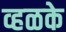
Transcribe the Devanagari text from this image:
व्हळके